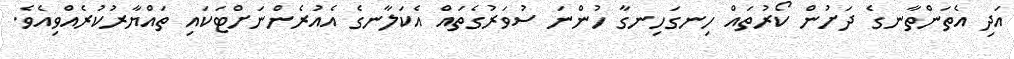
އަދި އެތަންތާނގެ ދަށުން ކޯރުތައް ހިނގަހިނގާ ހުންނަ ސުވަރުގެތައް އެކަލާނގެ އެއުރެންނަށްޓަކައި ތައްޔާރުކުރެއްވިއެވެ.